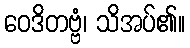
ဝေဒိတဗ္ဗံ၊ သိအပ်၏။